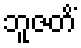
ဘူဇတိံ